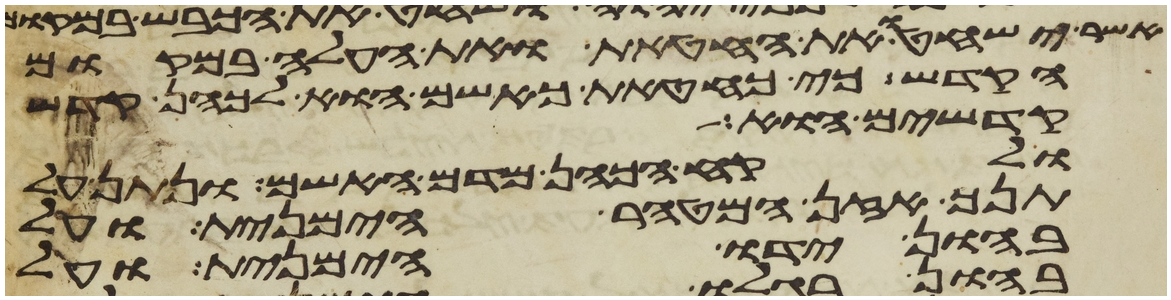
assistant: אשר ישחטו את החטאת ואת העלה במקום
הקדש כי כחטאת כאשם הוא לכהן קדש
קדשים הוא
ולקח הכהן מדם האשם ונתן על
תנך אזן המטהר הימנית ועל
בהון ידו הימנית ועל